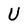
Character: U